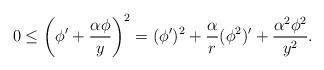
LaTeX: \begin{align*} 0\le \left(\phi'+\frac{\alpha\phi}{y}\right)^{2}=(\phi')^{2}+\frac{\alpha}{r}(\phi^{2})'+\frac{\alpha^{2}\phi^{2}}{y^{2}}. \end{align*}